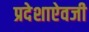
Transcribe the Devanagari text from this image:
प्रदेशाऐवजी